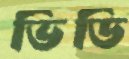
ভিডি